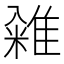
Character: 䨀